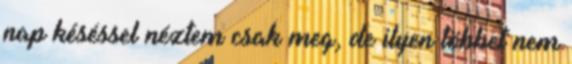
nap késéssel néztem csak meg, de ilyen többet nem